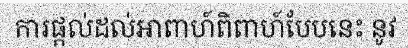
ការផ្តល់ដល់អាពាហ៍ពិពាហ៍បែបនេះ នូវ